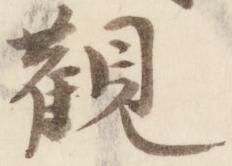
観